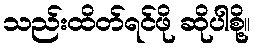
သည်းထိတ်ရင်ဖို ဆိုပါစို့။